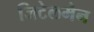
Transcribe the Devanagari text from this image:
जिटेलमैन